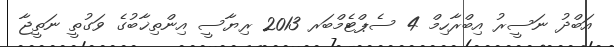
އަބްދު ނަސީރު އިބްރާހިމް 4 ސެޕްޓެމްބަރ 2013 ރިޔާސީ އިންތިޚާބުގެ ވަގުތީ ނަތީޖާ